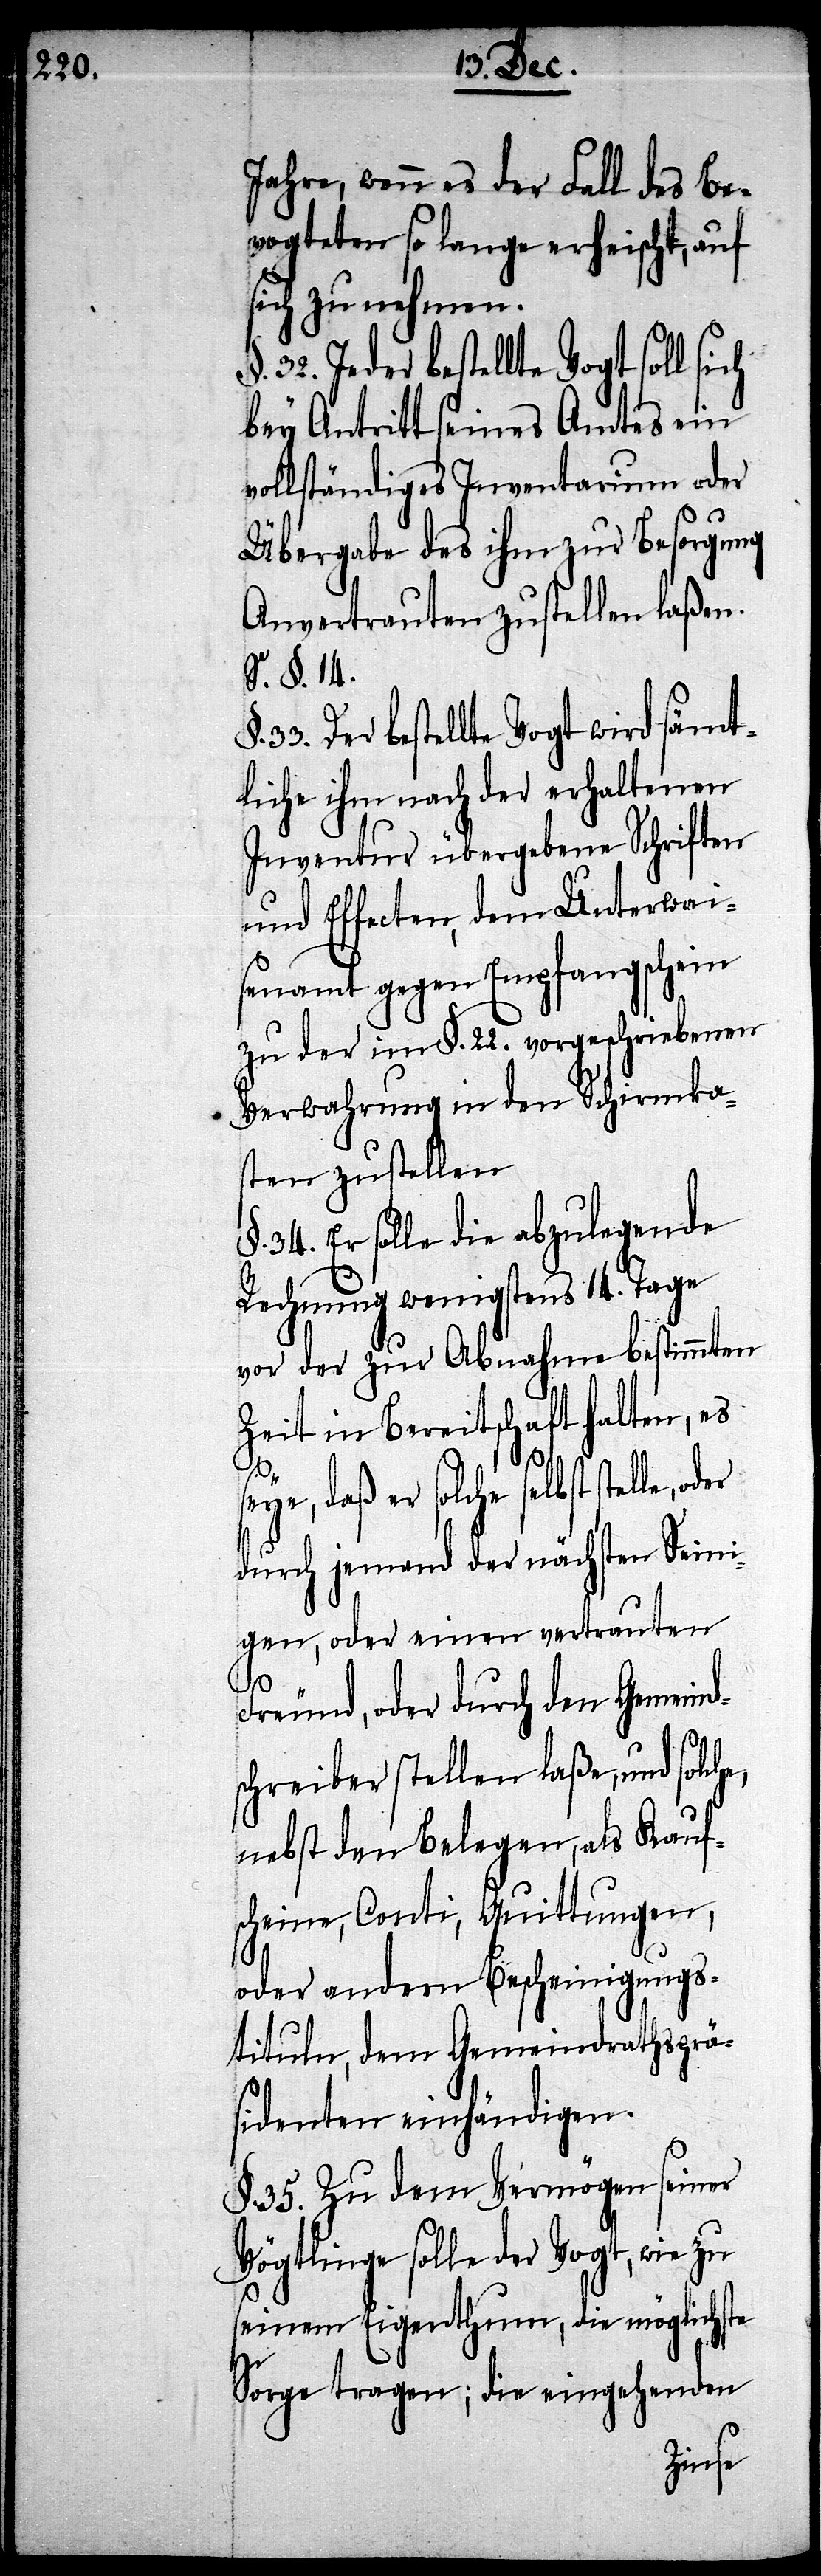
32. Je¬
Jahre, wenn es der Fall des Be¬
vogteten so lange erheischt, auf
sich zu nehmen.
der bestellte Vogt soll sich
bey Antritt seines Amtes ein
vollständiges Inventarium oder
Übergabe des ihm zur Besorgung
Anvertrauten zustellen laßen.
S. §. 14.
33. Der bestellte Vogt wird sämt¬
und Effecten, dem Unterwai¬
senamt gegen Empfangschein
zu der im §. 22. vorgeschriebenen
Verwahrung in den Schirmka¬
sten zustellen[.]
34. Er solle die abzulegende
Rechnung wenigstens 14. Tage
vor der zur Abnahme bestimmten
Zeit in Bereitschaft halten, es
seye, daß er solche selbst stelle,
durch jemand der nächsten Seini¬
gen, oder einen vertrauten
Freund, oder durch den Gemeind¬
schreiber stellen laße, und solche
nebst den Belegen, als Kauf¬
scheine, Conti, Quittungen,
oder andern Bescheinigungs¬
tituln, dem Gemeindrathsprä¬
sidenten einhändigen.
§. 35. Zu dem Vermögen seiner
Vögtlinge solle der Vogt, wie zu
seinem Eigenthum, die möglichste
Sorge tragen; die eingehenden
liche